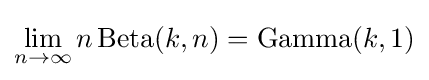
\lim _{n\to \infty }n\operatorname {Beta} (k,n)=\operatorname {Gamma} (k,1)